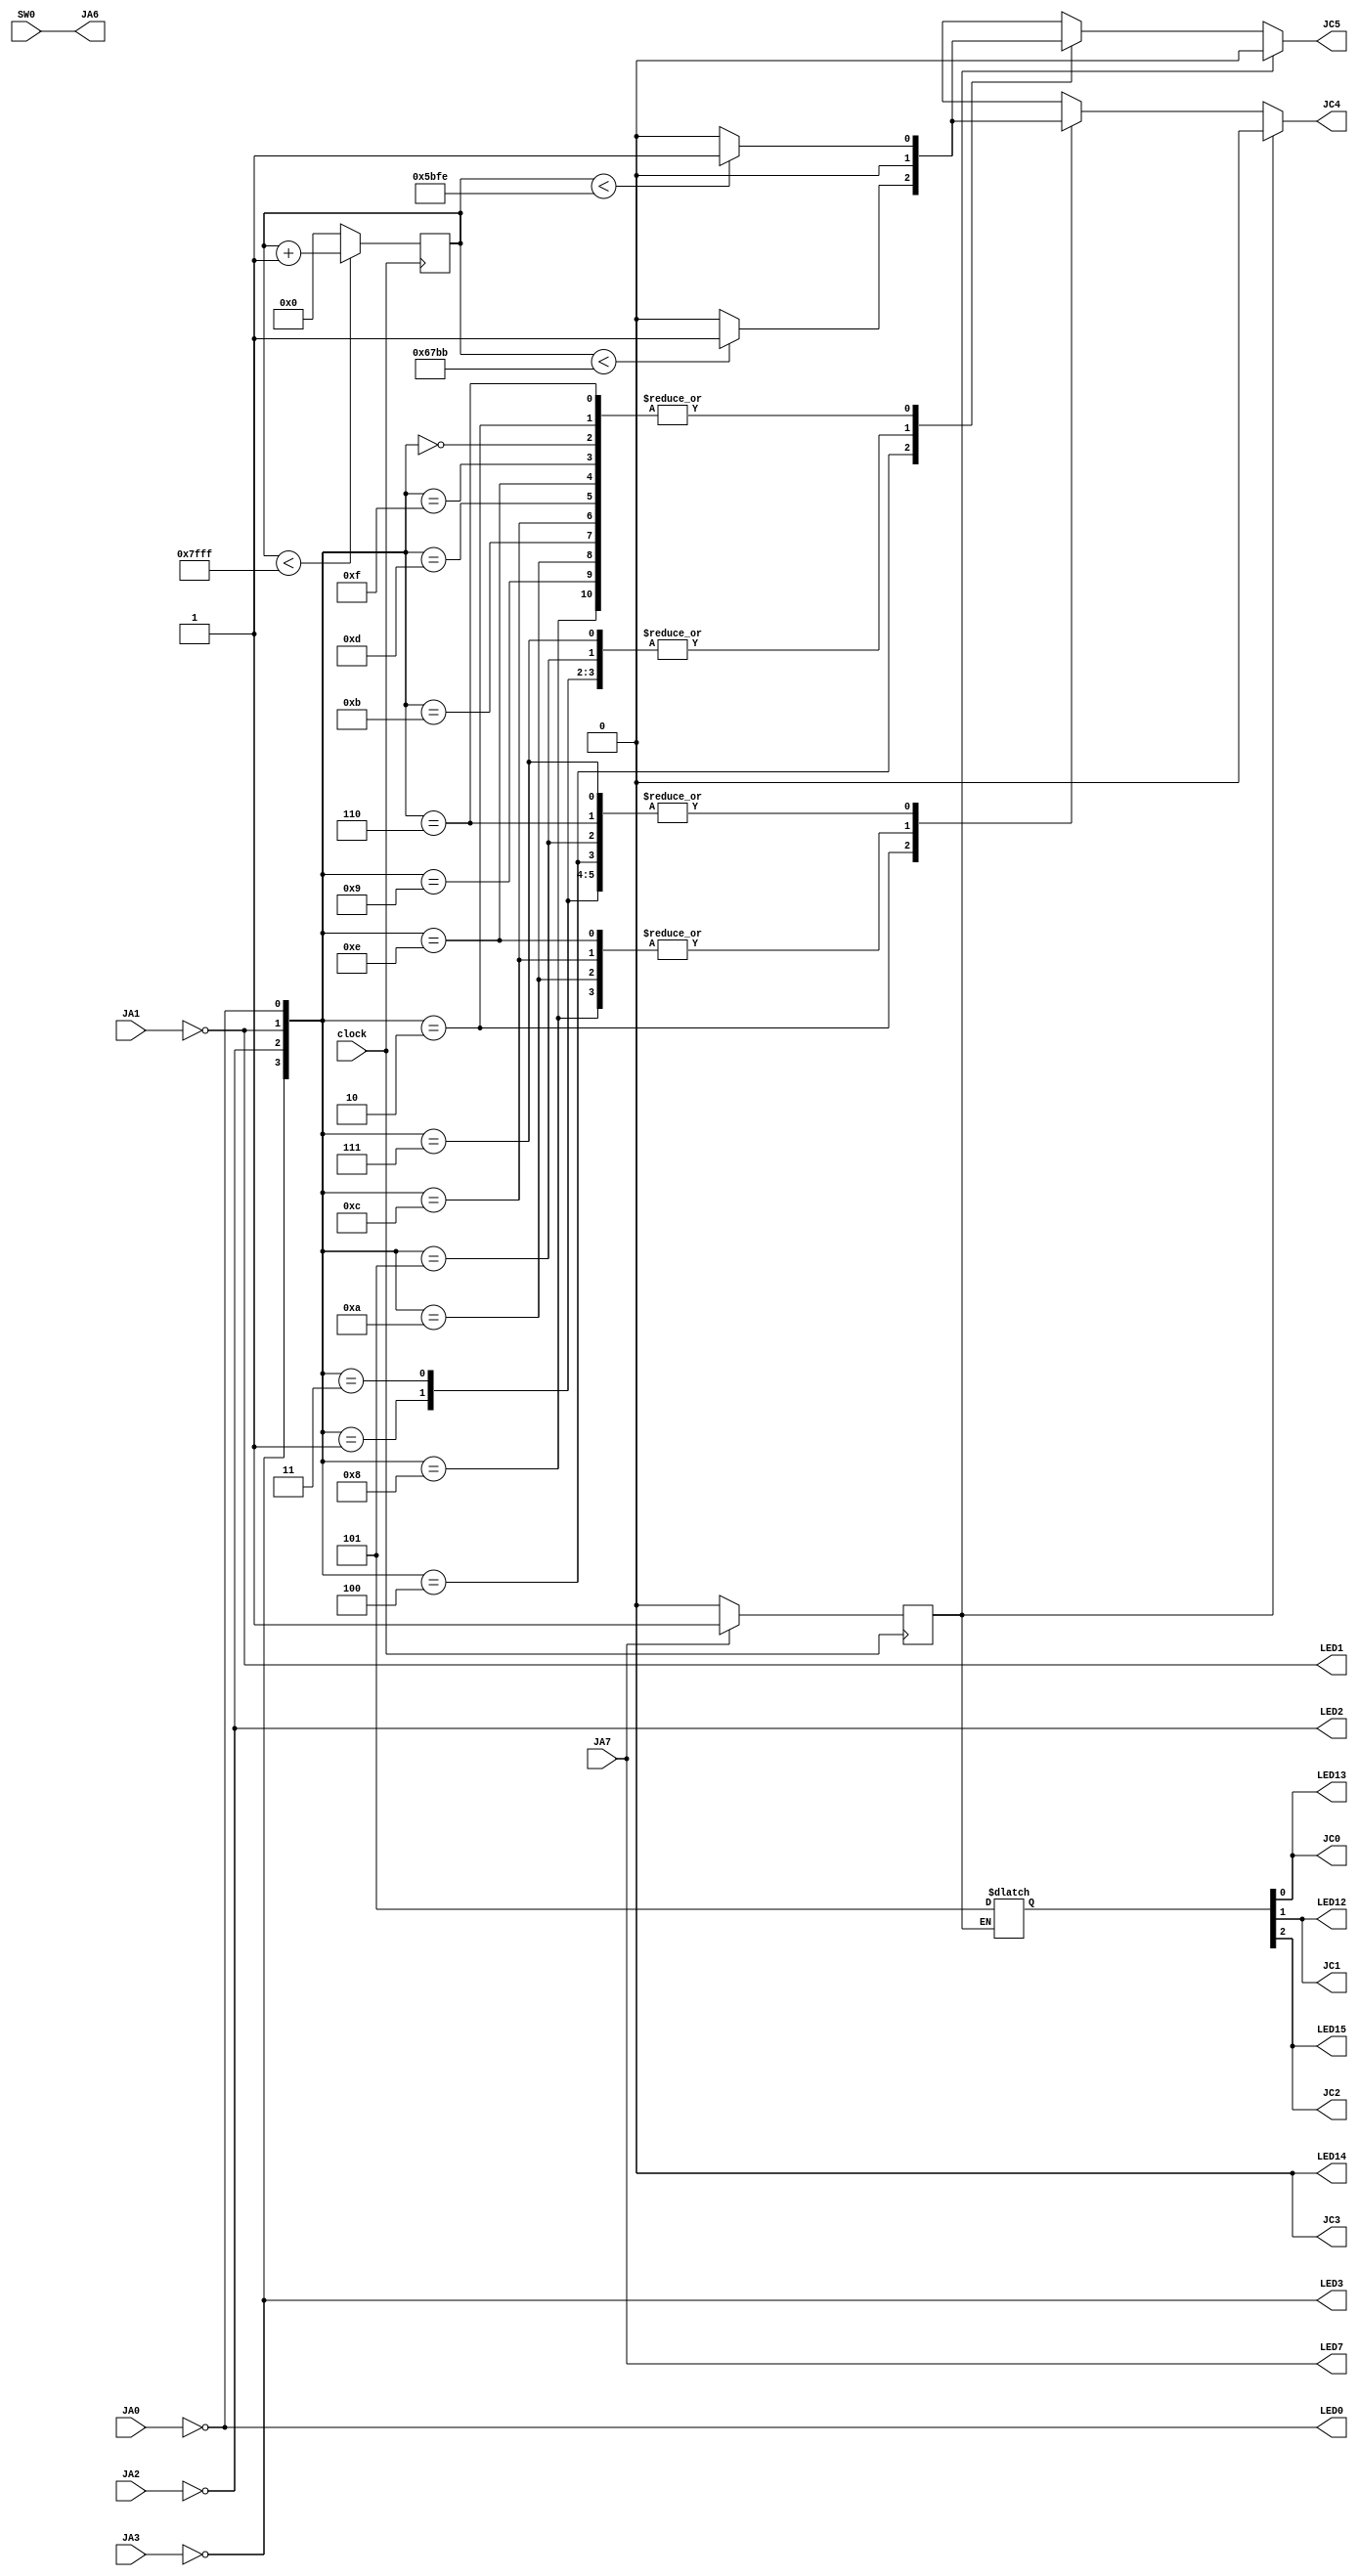
//Do not change timescale please :)
`timescale 1ns / 1ps
//////////////////////////////////////////////////////////////////////////////////
// Company: Texas Tech University
//
// Most updated version: github.com/baileycarothers/Project-Lab-1
// 
// Design Name: Project Lab 1
// Module Name: Main
// Project Name: Autonomous Rover
// Target Devices: Basys 3
// Tool Versions: 
// Description: 
// 
// Dependencies: 
// 
// Revision:
// Revision 0.01 - File Created
// Revision 0.1  - IO and constraints created
// Additional Comments: If something doesn't work, verify your constraints file.
// IPS sensors output a logic high signal when nothing is detected.
// 
//////////////////////////////////////////////////////////////////////////////////


module Main(
    input clock,
    //IPS Sensors
    input JA0, JA1, JA2, JA3,
    //IPS LEDs
    output LED0, LED1, LED2, LED3,
    //Comparator control
    //input JA4, JA5,
    //Electromagnet Control
    output JA6,
    //Electromagnet testing
    input SW0,
    //Motor control
    output JC0, JC1, JC2, JC3, JC4, JC5,
    //Motor LEDs
    output LED12, LED13, LED14, LED15,
    //Distance Sensors
    input JA7,
    output LED7
);
    
//LEDs turn on when corresponding IPS detects metal
assign LED0 = ~JA0;
assign LED1 = ~JA1;
assign LED2 = ~JA2;
assign LED3 = ~JA3;

assign LED7 = JA7;

//Electromagnet testing
assign SW0 = JA6;

//Declare variables
reg motorStop;
reg currentProtection;
reg distanceSensor;

//Initialize variables
initial begin
    motorStop = 0;
    currentProtection = 0;
    distanceSensor = 0;
end

//Set up clock to control speed
reg [15:0] speedControl;
always @ (posedge clock)
    begin
        if (speedControl < 32767)
            speedControl <= speedControl + 1;
        else
            speedControl <= 0;
    end

always @ (posedge clock)
    begin
        if(JA7)
            distanceSensor <= 1;
        else
            distanceSensor <= 0;
    end

//Two possible speeds using wires
wire speed1;
    assign speed1 = (speedControl < 23550) ? 1:0;

wire speed2;
    assign speed2 = (speedControl < 26555) ? 1:0;

//Put IPS sensors into an array for case statement
reg [3:0] IPSInput;
always @ (*)
    begin
        IPSInput[3] = ~JA3;
        IPSInput[2] = ~JA2;
        IPSInput[1] = ~JA1;
        IPSInput[0] = ~JA0;
    end
 
//Used to control speed of each side 
reg [1:0] MotorSides;
assign JC4 = MotorSides[1]; //Left side
assign JC5 = MotorSides[0]; //Right side

//Used to control direction of each side
reg [3:0] MotorPolarity = 4'b0000;
assign JC0 = MotorPolarity[0]; //Right side forward
assign JC1 = MotorPolarity[1]; //Right side backward
assign JC2 = MotorPolarity[2]; //Left side forward
assign JC3 = MotorPolarity[3]; //Left side backward

//Motor direction testing
assign LED15 = MotorPolarity[2];
assign LED14 = MotorPolarity[3];
assign LED13 = MotorPolarity[0];
assign LED12 = MotorPolarity[1];

//Comparator control code
//Import from mini project

//Distance sensor control

always @ (*)
    if(currentProtection==0 && distanceSensor==0)begin
        case(IPSInput)
            4'b0000: 
                begin
                    MotorSides[1] = speed1;
                    MotorSides[0] = speed1;
                    MotorPolarity[2] = 1;
                    MotorPolarity[0] = 1;
                    MotorPolarity[1] = 0;
                    MotorPolarity[3] = 0;
                end
            4'b0001: 
                begin
                    MotorSides[1] = speed1;
                    MotorSides[0] = motorStop;
                    MotorPolarity[2] = 1;
                    MotorPolarity[0] = 1;
                    MotorPolarity[1] = 0;
                    MotorPolarity[3] = 0;
                end
            4'b0010: 
                begin
                    MotorSides[1] = speed2;
                    MotorSides[0] = speed1;
                    MotorPolarity[2] = 1;
                    MotorPolarity[0] = 1;
                    MotorPolarity[1] = 0;
                    MotorPolarity[3] = 0;
                end
            4'b0011: 
                begin
                    MotorSides[1] = speed1;
                    MotorSides[0] = motorStop;
                    MotorPolarity[2] = 1;
                    MotorPolarity[0] = 1;
                    MotorPolarity[1] = 0;
                    MotorPolarity[3] = 0;
                end
            4'b0100: 
                begin
                    MotorSides[1] = speed1;
                    MotorSides[0] = speed2;
                    MotorPolarity[2] = 1;
                    MotorPolarity[0] = 1;
                    MotorPolarity[1] = 0;
                    MotorPolarity[3] = 0;
                end
            4'b0101: 
                begin
                    MotorSides[1] = speed1;
                    MotorSides[0] = motorStop;
                    MotorPolarity[2] = 1;
                    MotorPolarity[0] = 1;
                    MotorPolarity[1] = 0;
                    MotorPolarity[3] = 0;
                end
            4'b0110: 
                begin
                    MotorSides[1] = speed1;
                    MotorSides[0] = speed1;
                    MotorPolarity[2] = 1;
                    MotorPolarity[0] = 1;
                    MotorPolarity[1] = 0;
                    MotorPolarity[3] = 0;
                end
            4'b0111: 
                begin
                    MotorSides[1] = speed1;
                    MotorSides[0] = motorStop;
                    MotorPolarity[2] = 1;
                    MotorPolarity[0] = 1;
                    MotorPolarity[1] = 0;
                    MotorPolarity[3] = 0;
                end
            4'b1000: 
                begin
                    MotorSides[1] = motorStop;
                    MotorSides[0] = speed1;
                    MotorPolarity[2] = 1;
                    MotorPolarity[0] = 1;
                    MotorPolarity[1] = 0;
                    MotorPolarity[3] = 0;
                end
            4'b1001: 
                begin
                    MotorSides[1] = speed1;
                    MotorSides[0] = speed1;
                    MotorPolarity[2] = 1;
                    MotorPolarity[0] = 1;
                    MotorPolarity[1] = 0;
                    MotorPolarity[3] = 0;
                end
            4'b1010: 
                begin
                    MotorSides[1] = motorStop;
                    MotorSides[0] = speed1;
                    MotorPolarity[2] = 1;
                    MotorPolarity[0] = 1;
                    MotorPolarity[1] = 0;
                    MotorPolarity[3] = 0;
                end
            4'b1011: 
                begin
                    MotorSides[1] = speed1;
                    MotorSides[0] = speed1;
                    MotorPolarity[2] = 1;
                    MotorPolarity[0] = 1;
                    MotorPolarity[1] = 0;
                    MotorPolarity[3] = 0;
                end
            4'b1100: 
                begin
                    MotorSides[1] = motorStop;
                    MotorSides[0] = speed1;
                    MotorPolarity[2] = 1;
                    MotorPolarity[0] = 1;
                    MotorPolarity[1] = 0;
                    MotorPolarity[3] = 0;
                end
            4'b1101: 
                begin
                    MotorSides[1] = speed1;
                    MotorSides[0] = speed1;
                    MotorPolarity[2] = 1;
                    MotorPolarity[0] = 1;
                    MotorPolarity[1] = 0;
                    MotorPolarity[3] = 0;
                end
            4'b1110: 
                begin
                    MotorSides[1] = motorStop;
                    MotorSides[0] = speed1;
                    MotorPolarity[2] = 1;
                    MotorPolarity[0] = 1;
                    MotorPolarity[1] = 0;
                    MotorPolarity[3] = 0;
                end
            4'b1111: 
                begin
                    MotorSides[1] = speed1;
                    MotorSides[0] = speed1;
                    MotorPolarity[2] = 1;
                    MotorPolarity[0] = 1;
                    MotorPolarity[1] = 0;
                    MotorPolarity[3] = 0;
                end  
        endcase
    end
    else begin
        MotorSides[1] = motorStop;
        MotorSides[0] = motorStop;
    end
                
endmodule